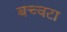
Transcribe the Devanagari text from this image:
बच्चटा